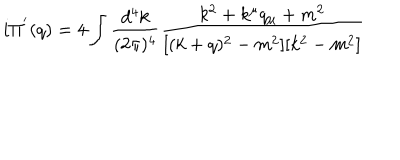
i \Pi ^ { ' } ( q ) = 4 \int \frac { d ^ { 4 } k } { ( 2 \pi ) ^ { 4 } } \frac { k ^ { 2 } + k ^ { \mu } q _ { \mu } + m ^ { 2 } } { [ ( k + q ) ^ { 2 } - m ^ { 2 } ] [ k ^ { 2 } - m ^ { 2 } ] }